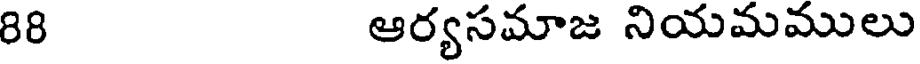
88 ఆర్యసమాజ నియమములు